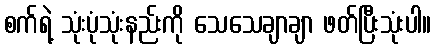
စက်ရဲ့ သုံးပုံသုံးနည်းကို သေသေချာချာ ဖတ်ပြီးသုံးပါ။